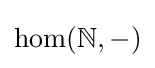
{\mathrm {hom} }({\mathbb {N} },-)